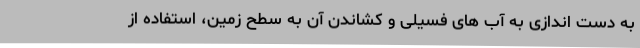
به دست اندازی به آب های فسیلی و کشاندن آن به سطح زمین، استفاده از